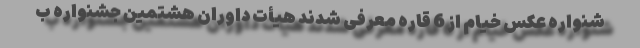
شنواره عکس خیام از 6 قاره معرفی شدند هیأت داوران هشتمین جشنواره ب